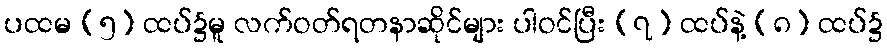
ပထမ (၅) ထပ်၌မူ လက်ဝတ်ရတနာဆိုင်များ ပါဝင်ပြီး (၇) ထပ်နဲ့ (၈) ထပ်၌